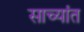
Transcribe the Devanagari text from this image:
साच्यांत